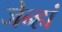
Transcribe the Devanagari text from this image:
जेन्हां